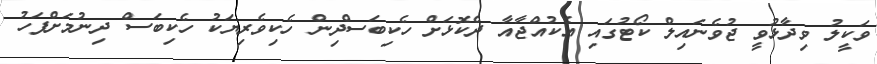
ވަކީލު ވިދާޅުވީ ޖުވެނައިލް ކޯޓުގައި އެކުއްޖާއާ ދެކޮޅަށް ހެކިބަސްދިން ހެކިވެރިޔަކު ހެކިބަސް ދިނުމަށްފަހު